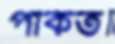
পাকত